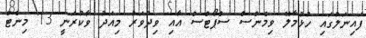
ފައިނަލުގައި ހުޅުމާލޭ ވިމެންސް ސްޕޯޓްސް އާއި ވިދުވަރު މިއަދު ވާކުރަނީ 13 މިނެޓް